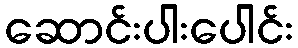
ဆောင်းပါးပေါင်း